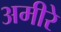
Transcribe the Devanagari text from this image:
अमीरे